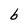
Character: b